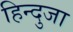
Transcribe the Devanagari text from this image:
हिन्दुजा